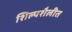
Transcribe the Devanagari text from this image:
शिल्पशैलीत